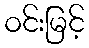
ဝင်းမြင့်